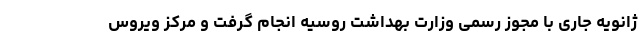
ژانویه جاری با مجوز رسمی وزارت بهداشت روسیه انجام گرفت و مرکز ویروس